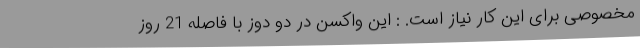
مخصوصی برای این کار نیاز است. : این واکسن در دو دوز با فاصله 21 روز